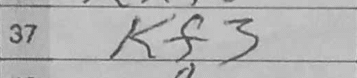
Transcription: Kf3